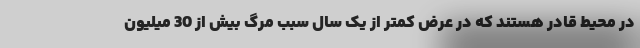
در محیط قادر هستند که در عرض کمتر از یک سال سبب مرگ بیش از 30 میلیون